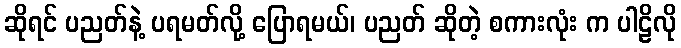
ဆိုရင် ပညတ်နဲ့ ပရမတ်လို့ ပြောရမယ်၊ ပညတ် ဆိုတဲ့ စကားလုံး က ပါဠိလို